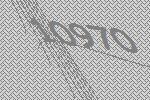
10970